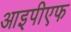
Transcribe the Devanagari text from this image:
आइपीएफ